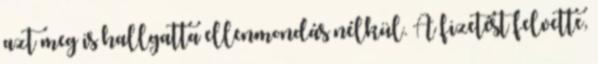
azt meg is hallgatta ellenmondás nélkül. A fizetést felvette,